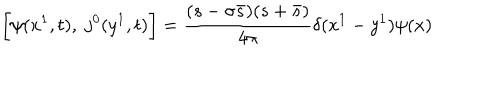
\biggl [ \psi ( x ^ { 1 } , t ) , \; j ^ { 0 } ( y ^ { 1 } , t ) \biggr ] = \frac { ( s - \sigma \bar { s } ) ( s + \bar { s } ) } { 4 \pi } \delta ( x ^ { 1 } - y ^ { 1 } ) \psi ( x )